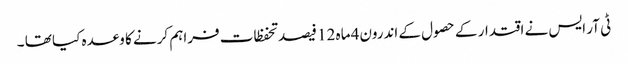
ٹی آر ایس نے اقتدار کے حصول کے اندرون4 ماہ 12 فیصد تحفظات فراہم کرنے کا وعدہ کیا تھا ۔